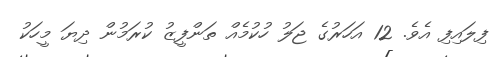
ފިލައިފި އެވެ. 12 އަހަރުގެ ޖަލު ހުކުމެއް ތަންފީޒު ކުރަމުން ދިޔަ މީހަކު